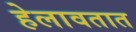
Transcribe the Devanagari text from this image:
हेलावतात